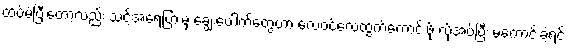
ထပ်မံပြီးတော့လည်း သင့်အရေပြားမှ ချွေးပေါက်တွေဟာ လေဝင်လေထွက်ကောင်းဖို့ လိုအပ်ပြီး မကောင်းခဲ့ရင်